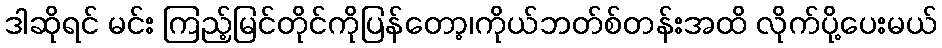
ဒါဆိုရင် မင်း ကြည့်မြင်တိုင်ကိုပြန်တော့၊ကိုယ်ဘတ်စ်တန်းအထိ လိုက်ပို့ပေးမယ်